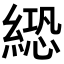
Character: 𦃵